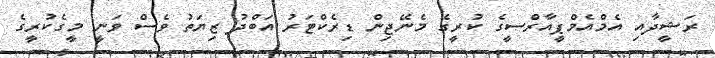
ރަޝީދާއި އެމްއެމްޕީއާރްސީގެ ކުރީގެ މެނޭޖިން ޑިރެކްޓަރު އަބްދު ޒިޔަތު ވެސް ވަނީ މީގެކުރީގެ